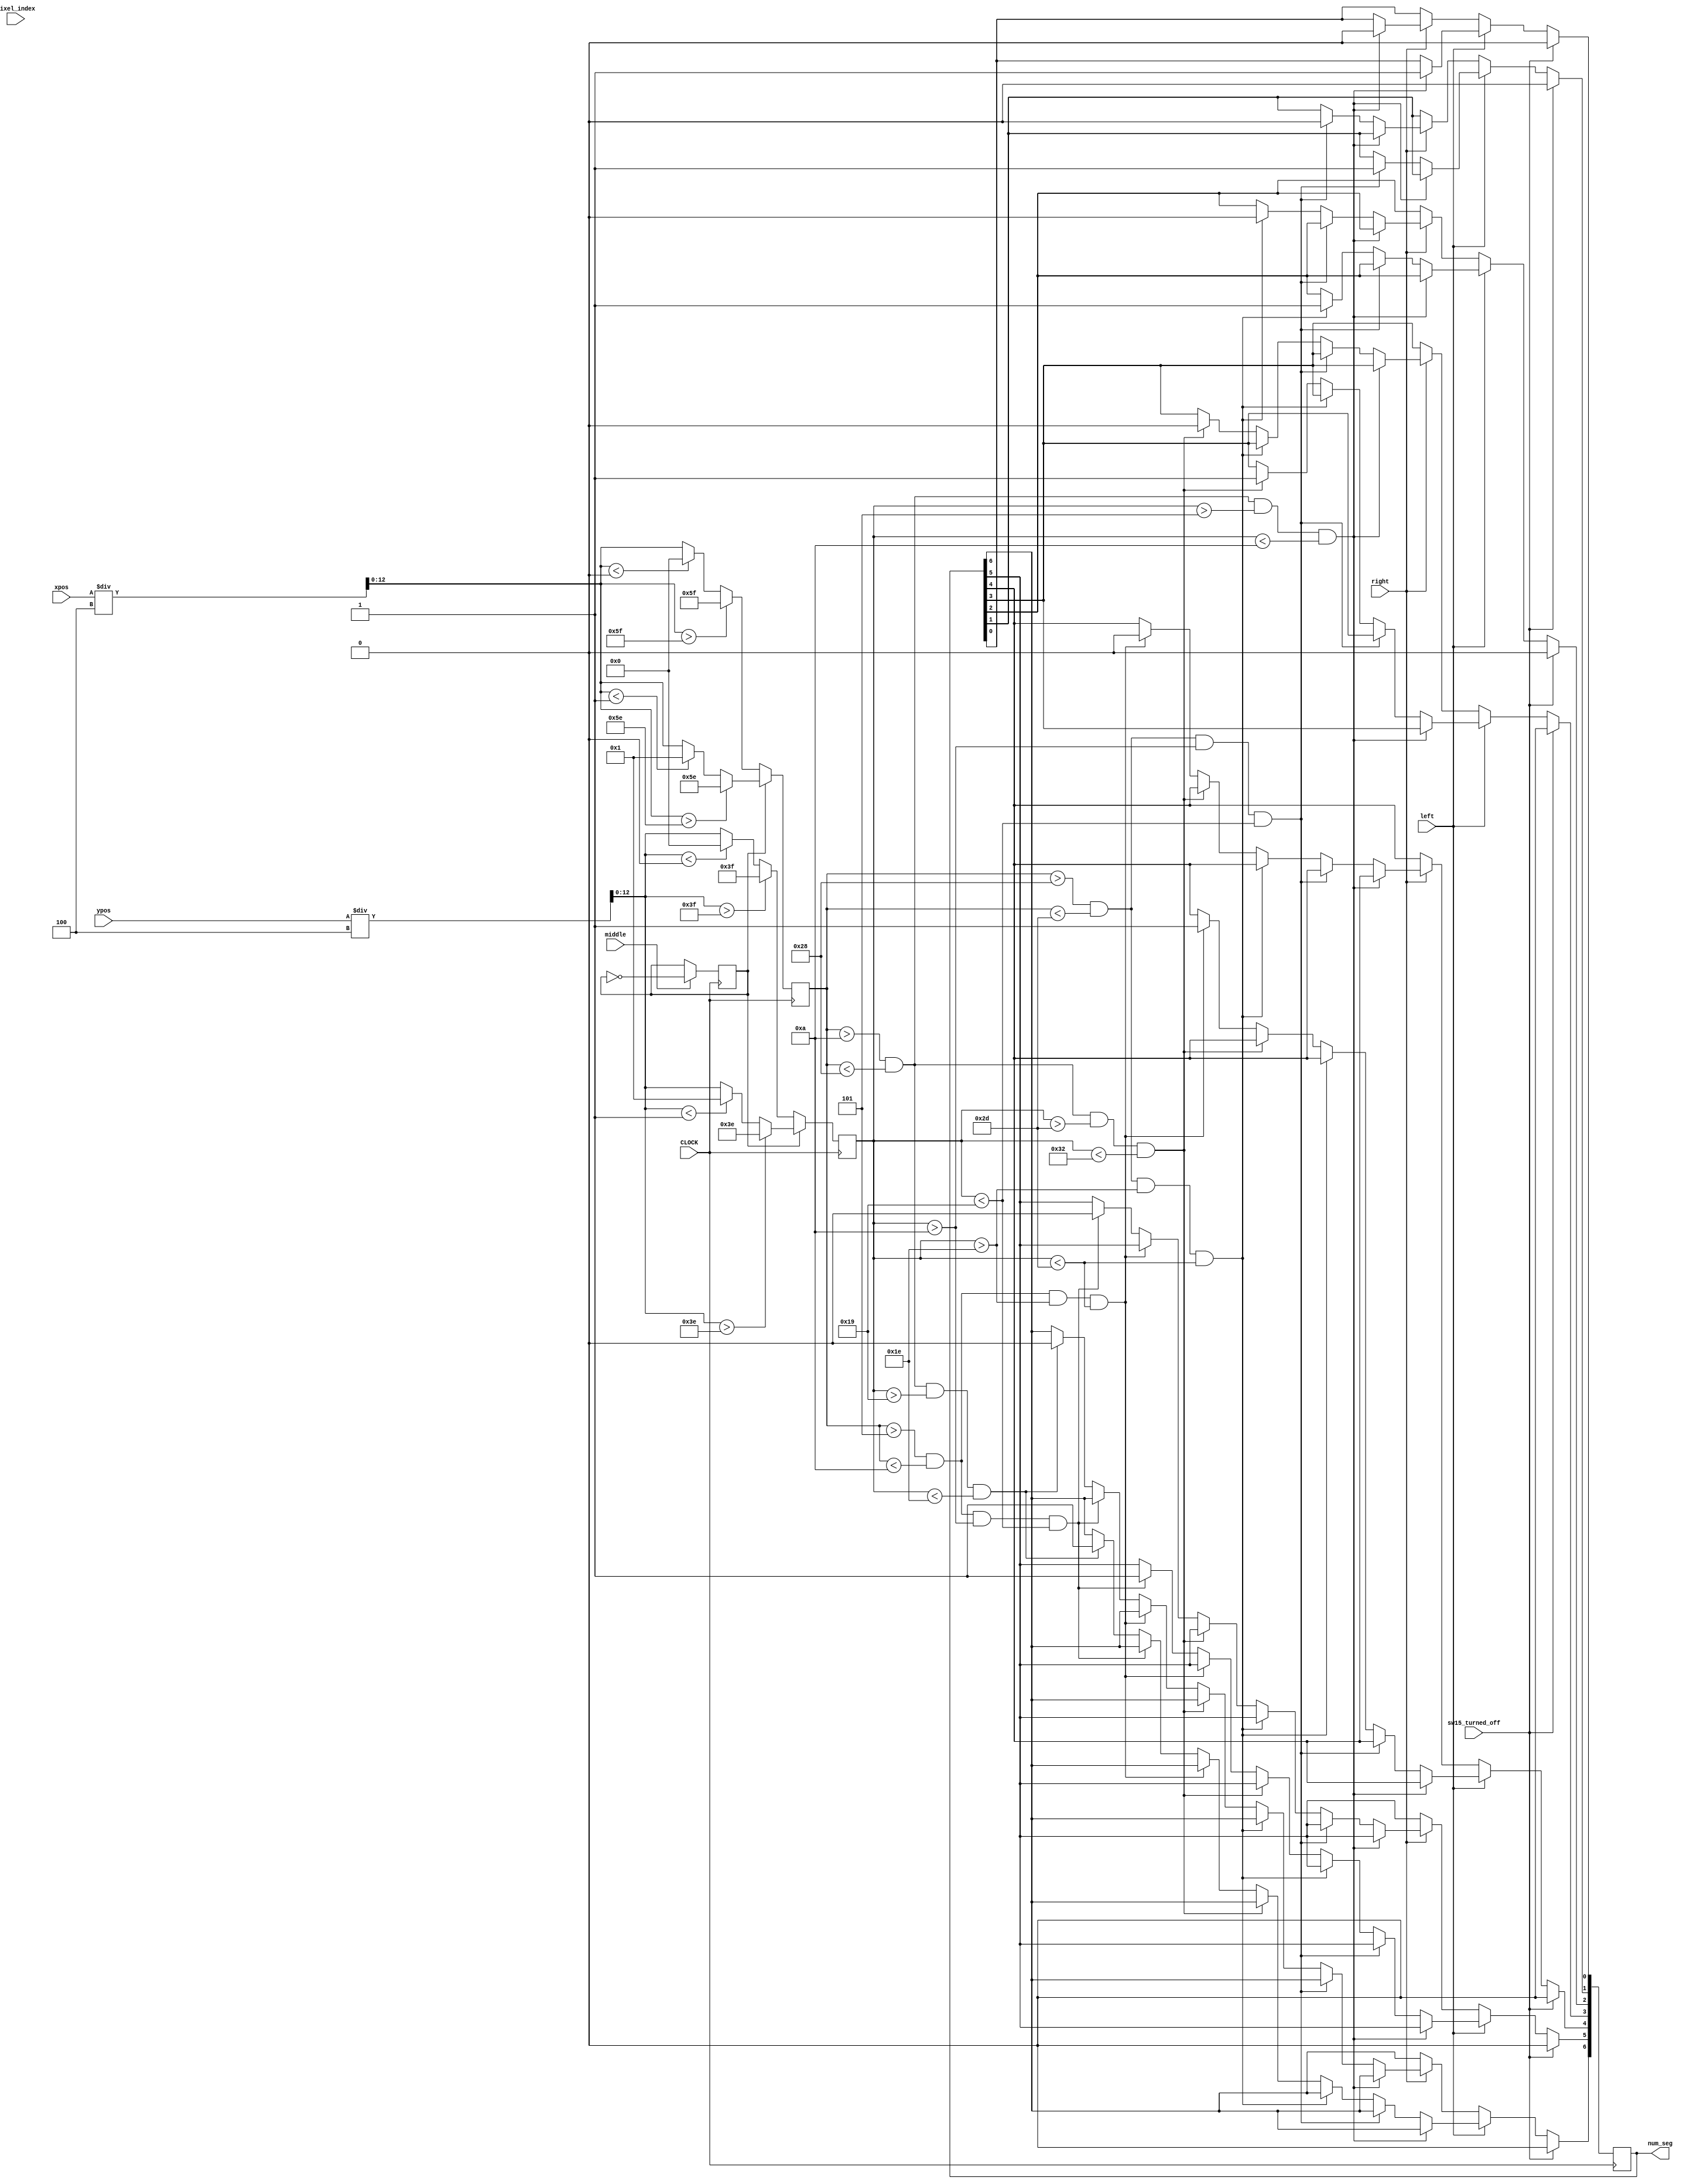
`timescale 1ns / 1ps
//////////////////////////////////////////////////////////////////////////////////
// Company: 
// Engineer: 
// 
// Design Name: 
// Module Name: color_numbers
// Project Name: 
// Target Devices: 
// Tool Versions: 
// Description: 
// 
// Dependencies: 
// 
// Revision:
// Revision 0.01 - File Created
// Additional Comments:
// 
//////////////////////////////////////////////////////////////////////////////////


module color_numbers(input CLOCK, input sw15_turned_off, output reg[6:0] num_seg = 0, input [11:0] xpos, ypos, input[12:0] pixel_index, input left, middle, right);
    wire [12:0] xpos_scaled;
    wire [12:0] ypos_scaled;
    reg [12:0] curr_x;
    reg [12:0] curr_y;
    reg alt = 0;
    assign xpos_scaled = xpos / 4;
    assign ypos_scaled = ypos / 4;
    
    
    always @(posedge CLOCK) begin
        alt <= (middle) ? ~alt : alt;
        if (alt) begin
        curr_x <= (xpos_scaled > 94) ? 94 : (xpos_scaled < 1) ? 1 : xpos_scaled;
        curr_y <= (ypos_scaled > 62) ? 62 : (ypos_scaled < 1) ? 1 : ypos_scaled;
        end
        else begin
        curr_x <= (xpos_scaled > 95) ? 95 : (xpos_scaled < 0) ? 0 : xpos_scaled;
        curr_y <= (ypos_scaled > 63) ? 63 : (ypos_scaled < 0) ? 0 : ypos_scaled;
        end
        if (sw15_turned_off) begin
            num_seg <= 7'b0000000;
        end
        else begin
        if (left) begin
            if (curr_x > 10 & curr_x < 40 & curr_y > 5 & curr_y < 10) begin num_seg[0] <= 1; end
            else if (curr_x > 40 & curr_x < 45 & curr_y > 10 & curr_y < 25) begin num_seg[1] <= 1; end
            else if (curr_x > 40 & curr_x < 45 & curr_y > 30 & curr_y < 45) begin num_seg[2] <= 1; end
            else if (curr_x > 10 & curr_x < 40 & curr_y > 45 & curr_y < 50) begin num_seg[3] <= 1; end
            else if (curr_x > 5 & curr_x < 10 & curr_y > 30 & curr_y < 45) begin num_seg[4] <= 1; end
            else if (curr_x > 5 & curr_x < 10 & curr_y > 10 & curr_y < 25) begin num_seg[5] <= 1; end
            else if (curr_x > 10 & curr_x < 40 & curr_y > 25 & curr_y < 30) begin num_seg[6] <= 1; end
        end
        else if (right) begin
            if (curr_x > 10 & curr_x < 40 & curr_y > 5 & curr_y < 10) begin num_seg[0] <= 0; end
            else if (curr_x > 40 & curr_x < 45 & curr_y > 10 & curr_y < 25) begin num_seg[1] <= 0; end
            else if (curr_x > 40 & curr_x < 45 & curr_y > 30 & curr_y < 45) begin num_seg[2] <= 0; end
            else if (curr_x > 10 & curr_x < 40 & curr_y > 45 & curr_y < 50) begin num_seg[3] <= 0; end             
            else if (curr_x > 5 & curr_x < 10 & curr_y > 30 & curr_y < 45) begin num_seg[4] <= 0; end
            else if (curr_x > 5 & curr_x < 10 & curr_y > 10 & curr_y < 25) begin num_seg[5] <= 0; end
            else if (curr_x > 10 & curr_x < 40 & curr_y > 25 & curr_y < 30) begin num_seg[6] <= 0; end
        end
        end
    end 
endmodule